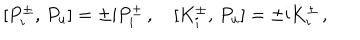
LaTeX: { } [ P _ { i } ^ { \pm } , \, P _ { u } ] = \pm \mathrm { i } P _ { i } ^ { \pm } \, , \quad { } [ K _ { i } ^ { \pm } , \, P _ { u } ] = \pm \mathrm { i } K _ { i } ^ { \pm } \, ,